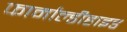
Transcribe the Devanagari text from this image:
फार्माल्डीहाइड